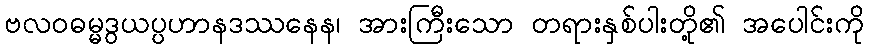
ဗလဝဓမ္မဒွယပ္ပဟာနဒဿနေန၊ အားကြီးသော တရားနှစ်ပါးတို့၏ အပေါင်းကို